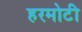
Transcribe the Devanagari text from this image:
हरमोटी